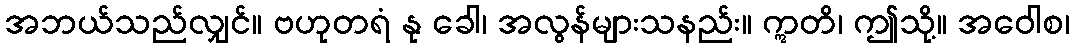
အဘယ်သည်လျှင်။ ဗဟုတရံ နု ခေါ၊ အလွန်များသနည်း။ ဣတိ၊ ဤသို့။ အဝေါစ၊